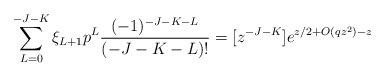
LaTeX: \begin{align*}\sum_{L=0}^{-J-K} \xi_{L+1} p^L \frac{(-1)^{-J-K-L}}{(-J-K-L)!} = [z^{-J-K}] e^{z/2 + O(qz^2) - z}\end{align*}